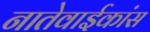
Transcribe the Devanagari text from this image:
नातेवाईकांस